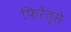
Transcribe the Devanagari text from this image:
फिरेंत्से